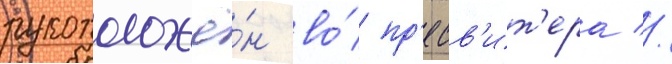
рукоположё́н во́ пр'есв'ит'ера //